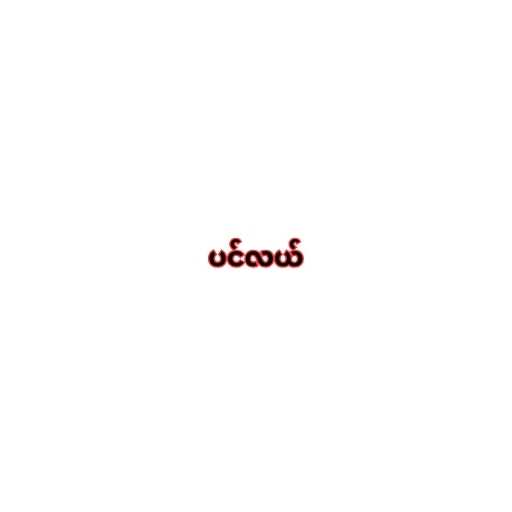
ပင်လယ်